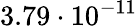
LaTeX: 3.79\cdot 10^{-11}